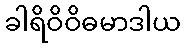
ခါရိဝိဝိဓမာဒါယ